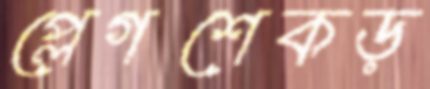
প্লেগশেকড়